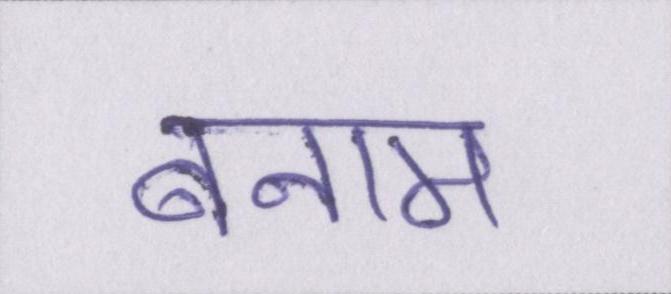
बनाम